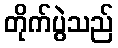
တိုက်ပွဲသည်